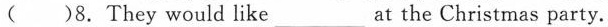
( )8.They would like ___ at the Christmas party.